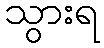
သွားရ